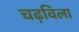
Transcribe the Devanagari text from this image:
चढ़विला